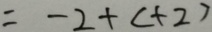
= - 2 + ( + 2 )